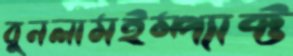
বুনলামইম্প্যাক্ট